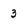
Character: 3